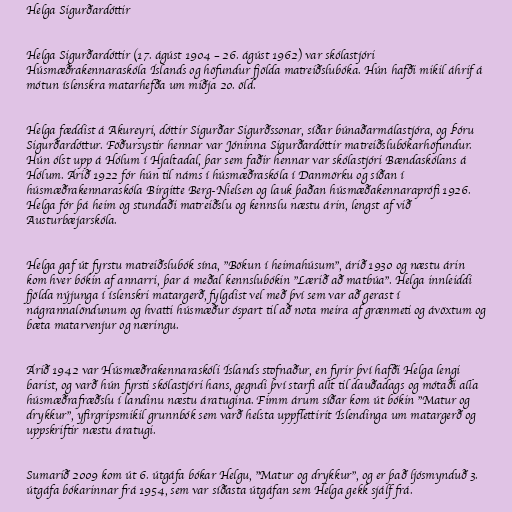
Helga Sigurðardóttir

Helga Sigurðardóttir (17. ágúst 1904 – 26. ágúst 1962) var skólastjóri
Húsmæðrakennaraskóla Íslands og höfundur fjölda matreiðslubóka. Hún hafði mikil áhrif á
mótun íslenskra matarhefða um miðja 20. öld.

Helga fæddist á Akureyri, dóttir Sigurðar Sigurðssonar, síðar búnaðarmálastjóra, og Þóru
Sigurðardóttur. Föðursystir hennar var Jóninna Sigurðardóttir matreiðslubókarhöfundur.
Hún ólst upp á Hólum í Hjaltadal, þar sem faðir hennar var skólastjóri Bændaskólans á
Hólum. Árið 1922 fór hún til náms í húsmæðraskóla í Danmörku og síðan í
húsmæðrakennaraskóla Birgitte Berg-Nielsen og lauk þaðan húsmæðakennaraprófi 1926.
Helga fór þá heim og stundaði matreiðslu og kennslu næstu árin, lengst af við
Austurbæjarskóla.

Helga gaf út fyrstu matreiðslubók sína, "Bökun í heimahúsum", árið 1930 og næstu árin
kom hver bókin af annarri, þar á meðal kennslubókin "Lærið að matbúa". Helga innleiddi
fjölda nýjunga í íslenskri matargerð, fylgdist vel með því sem var að gerast í
nágrannalöndunum og hvatti húsmæður óspart til að nota meira af grænmeti og ávöxtum og
bæta matarvenjur og næringu.

Árið 1942 var Húsmæðrakennaraskóli Íslands stofnaður, en fyrir því hafði Helga lengi
barist, og varð hún fyrsti skólastjóri hans, gegndi því starfi allt til dauðadags og mótaði alla
húsmæðrafræðslu í landinu næstu áratugina. Fimm árum síðar kom út bókin "Matur og
drykkur", yfirgripsmikil grunnbók sem varð helsta uppflettirit Íslendinga um matargerð og
uppskriftir næstu áratugi.

Sumarið 2009 kom út 6. útgáfa bókar Helgu, "Matur og drykkur", og er það ljósmynduð 3.
útgáfa bókarinnar frá 1954, sem var síðasta útgáfan sem Helga gekk sjálf frá.